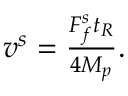
\begin{array} { r } { v ^ { s } = \frac { F _ { f } ^ { s } t _ { R } } { 4 M _ { p } } . } \end{array}